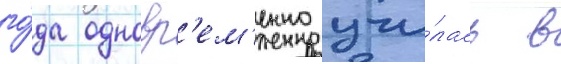
го́да одновр'ем'енно учи́лась в